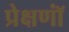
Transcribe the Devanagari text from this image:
प्रेक्षणॉं